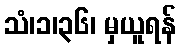
သံ၊၁၊၃၆၊ မှယူရန်